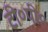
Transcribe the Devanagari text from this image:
टी०पी०